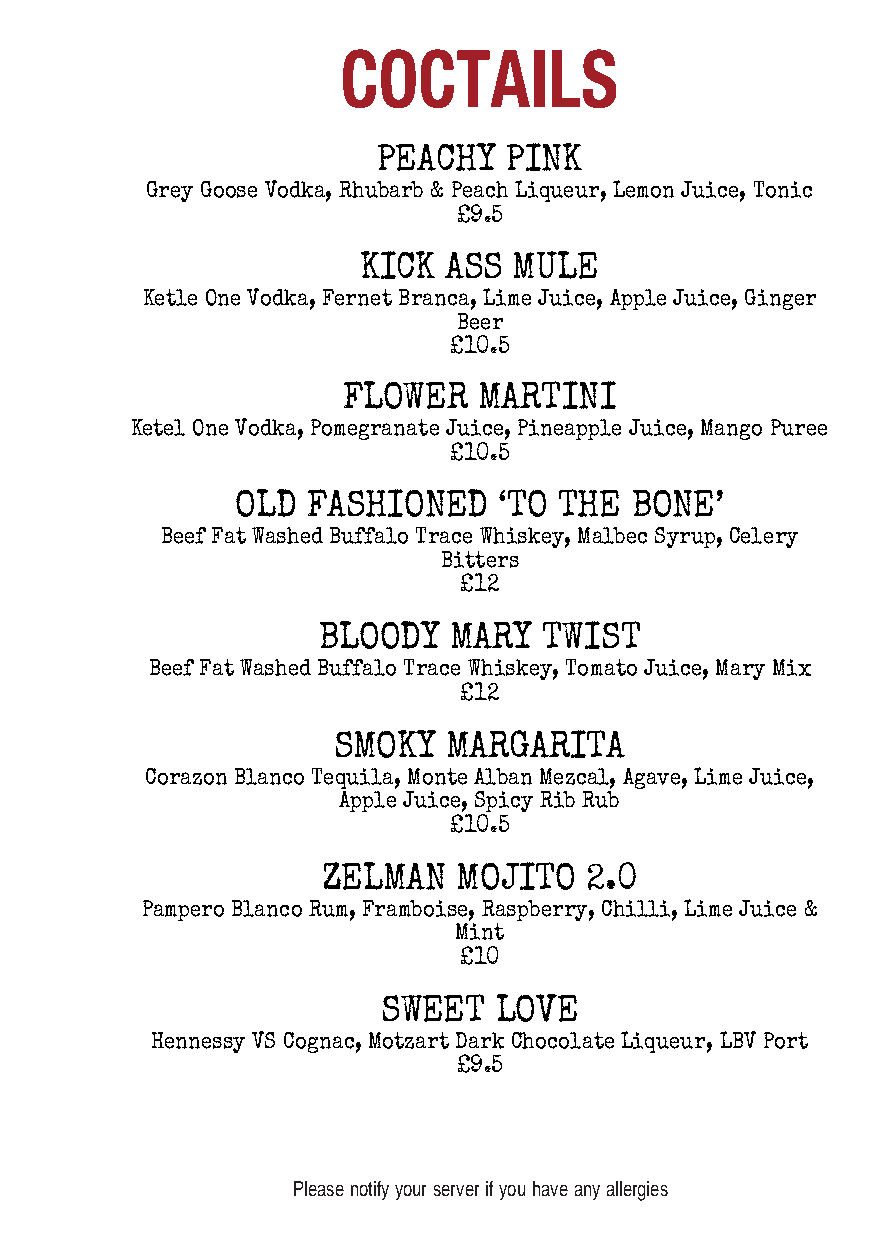
COCTAILS
 PEACHY   PINK
 Grey Goose Vodka, Rhubarb & Peach Liqueur, Lemon Juice, Tonic
 £9.5
 KICK ASS  MULE
 Ketle One Vodka, Fernet Branca, Lime Juice, Apple Juice, Ginger
 Beer
 £10.5
 FLOWER   MARTINI
 Ketel One Vodka, Pomegranate Juice, Pineapple Juice, Mango Puree
 £10.5
 OLD FASHIONED    ‘TO THE  BONE’
 Beef Fat Washed Buffalo Trace Whiskey, Malbec Syrup, Celery
 Bitters
 £12
 BLOODY   MARY  TWIST
 Beef Fat Washed Buffalo Trace Whiskey, Tomato Juice, Mary Mix
 £12
 SMOKY   MARGARITA
 Corazon Blanco Tequila, Monte Alban Mezcal, Agave, Lime Juice,
 Apple Juice, Spicy Rib Rub
 £10.5
 ZELMAN   MOJITO   2.0
 Pampero Blanco Rum, Framboise, Raspberry, Chilli, Lime Juice &
 Mint
 £10
 SWEET   LOVE
 Hennessy VS Cognac, Motzart Dark Chocolate Liqueur, LBV Port
 £9.5
 Please notify your server if you have any allergies